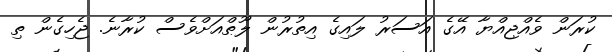
ކުރަން ވެއްޖިއްޔާ އޭގެ އަސަރު ލައިގެ އިތުރުން ލޫޠްއަށްވެސް ކުރާނެ. ޖެހިގެން ތި